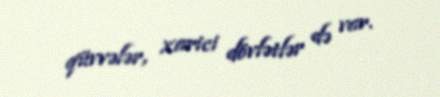
qüvvələr, xarici dövlətlər də var.